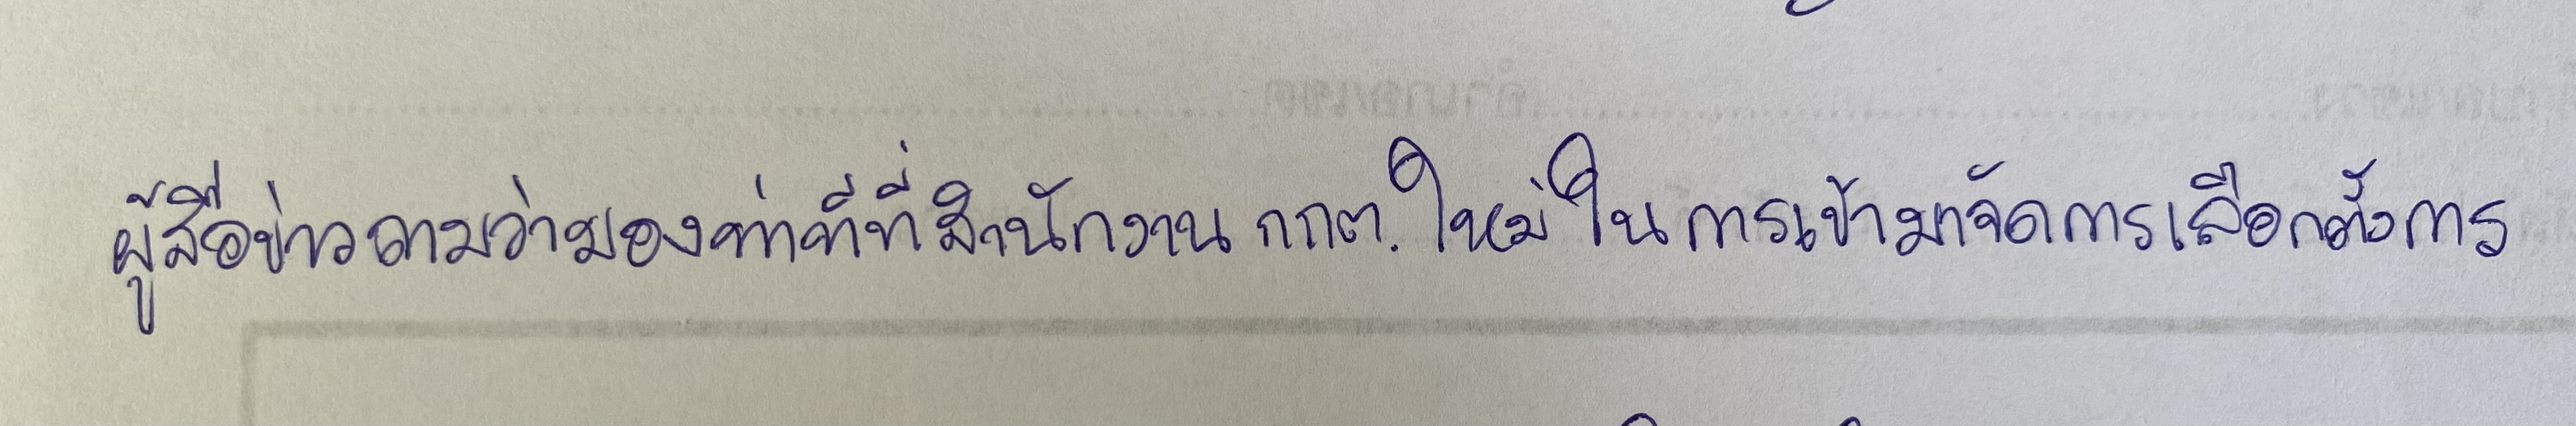
ผู้สื่อข่าวถามว่ามองท่าทีที่สำนักงาน กกต.ใหม่ในการเข้ามาจัดการเลือกตั้งการ